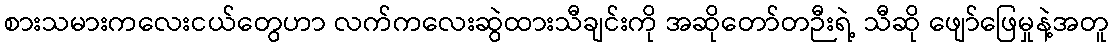
စားသမားကလေးငယ်တွေဟာ လက်ကလေးဆွဲထားသီချင်းကို အဆိုတော်တဉီးရဲ့ သီဆို ဖျော်ဖြေမှုနဲ့အတူ